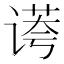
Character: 𰵻